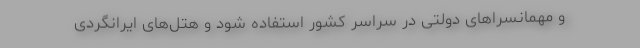
و مهمانسراهای دولتی در سراسر کشور استفاده شود و هتل‌های ایرانگردی